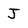
Character: j